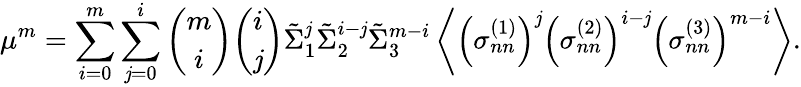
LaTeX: \mu^{m}=\sum_{i=0}^{m}\sum_{\mathit{j}=0}^{i}\binom{m}{i}\binom{i}{\mathit{j}}\tilde{{\Sigma}}_{1}^{\mathit{j}}\tilde{{\Sigma}}_{2}^{i-\mathit{j}}\tilde{{\Sigma}}_{3}^{m-i}\left\langle\left(\sigma_{nn}^{(1)}\right)^{\mathit{j}}\left(\sigma_{nn}^{(2)}\right)^{i-\mathit{j}}\left(\sigma_{nn}^{(3)}\right)^{m-i}\right\rangle.